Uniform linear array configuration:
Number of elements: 12
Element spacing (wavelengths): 0.25
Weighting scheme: blackman
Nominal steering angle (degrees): -30
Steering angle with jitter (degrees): -30.281
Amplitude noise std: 0.05
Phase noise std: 0.05

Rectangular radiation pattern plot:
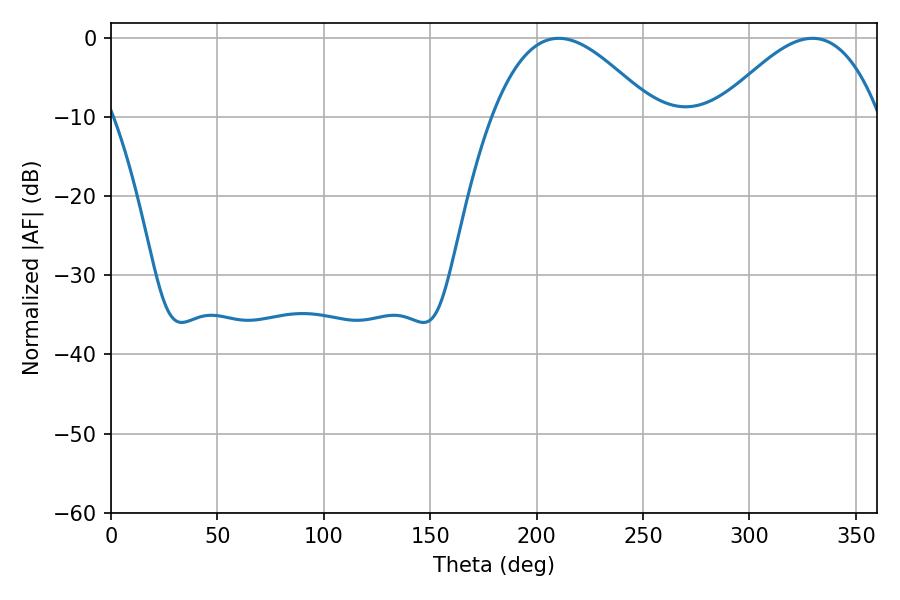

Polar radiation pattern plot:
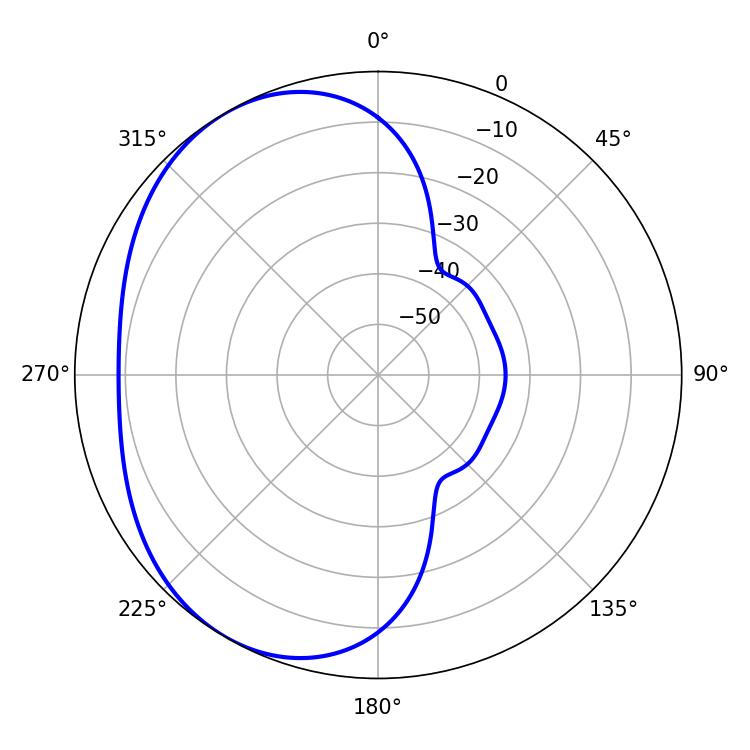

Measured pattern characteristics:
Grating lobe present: FALSE
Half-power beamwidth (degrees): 41.22
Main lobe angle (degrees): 210.42